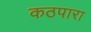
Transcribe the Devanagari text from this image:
कठपारा